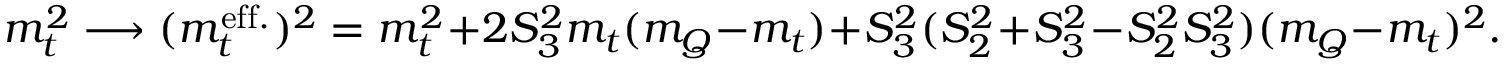
m _ { t } ^ { 2 } \longrightarrow ( m _ { t } ^ { \mathrm { e f f . } } ) ^ { 2 } = m _ { t } ^ { 2 } + 2 S _ { 3 } ^ { 2 } m _ { t } ( m _ { Q } - m _ { t } ) + S _ { 3 } ^ { 2 } ( S _ { 2 } ^ { 2 } + S _ { 3 } ^ { 2 } - S _ { 2 } ^ { 2 } S _ { 3 } ^ { 2 } ) ( m _ { Q } - m _ { t } ) ^ { 2 } .